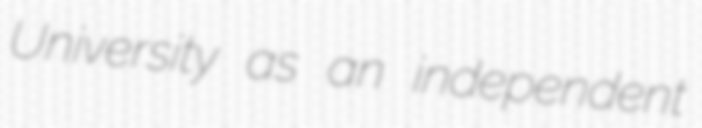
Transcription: University as an independent